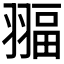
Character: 𦑞